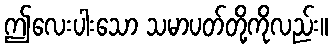
ဤလေးပါးသော သမာပတ်တို့ကိုလည်း။